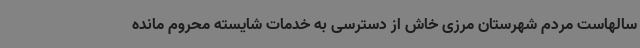
سالهاست مردم شهرستان مرزی خاش از دسترسی به خدمات شایسته محروم مانده